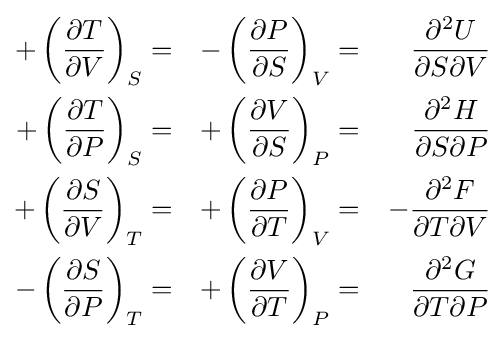
{\begin{aligned}+\left({\frac {\partial T}{\partial V}}\right)_{S}&=&-\left({\frac {\partial P}{\partial S}}\right)_{V}&=&{\frac {\partial ^{2}U}{\partial S\partial V}}\\+\left({\frac {\partial T}{\partial P}}\right)_{S}&=&+\left({\frac {\partial V}{\partial S}}\right)_{P}&=&{\frac {\partial ^{2}H}{\partial S\partial P}}\\+\left({\frac {\partial S}{\partial V}}\right)_{T}&=&+\left({\frac {\partial P}{\partial T}}\right)_{V}&=&-{\frac {\partial ^{2}F}{\partial T\partial V}}\\-\left({\frac {\partial S}{\partial P}}\right)_{T}&=&+\left({\frac {\partial V}{\partial T}}\right)_{P}&=&{\frac {\partial ^{2}G}{\partial T\partial P}}\end{aligned}}\,\!